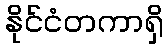
နိုင်ငံတကာရှိ